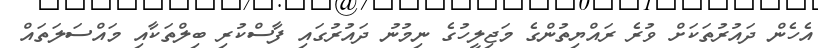
އެހެން ދައުރުތަކަށް ވުރެ ރައްޔިތުންގެ މަޖިލީހުގެ ނިމުނު ދައުރުގައި ފާސްކުރި ބިލްތަކާއި މައްސަލަތައް